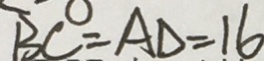
B C = A D = 1 6